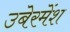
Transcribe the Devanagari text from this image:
उबेरमेंश